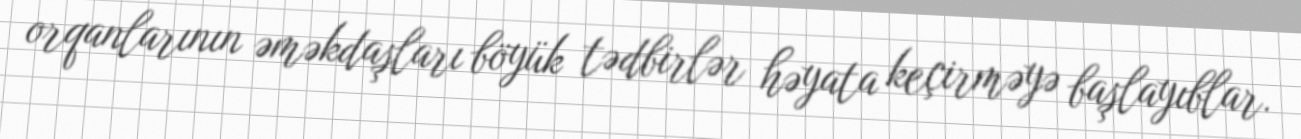
orqanlarının əməkdaşları böyük tədbirlər həyata keçirməyə başlayıblar.